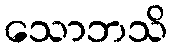
သောဘသိ